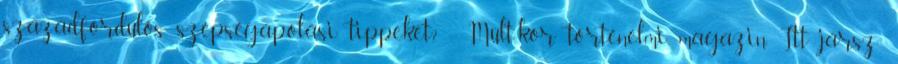
századfordulós szépségápolási tippeket? - Múlt-kor történelmi magazin Itt jársz: